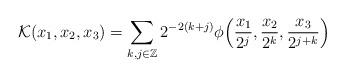
LaTeX: \begin{align*}\mathcal{K}(x_1,x_2,x_3) =\sum _{k,j\in {\Bbb Z}}2^{-2(k+j)}\phi \Big({{x_1}\over{2^j}},{{x_2}\over{2^k}},{{x_3}\over{2^{j+k}}}\Big)\end{align*}